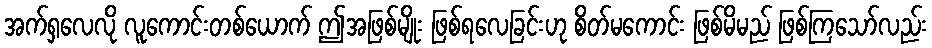
အက်ရှလေလို လူကောင်းတစ်ယောက် ဤအဖြစ်မျိုး ဖြစ်ရလေခြင်းဟု စိတ်မကောင်း ဖြစ်မိမည် ဖြစ်ကြသော်လည်း